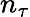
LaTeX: n_{\tau}